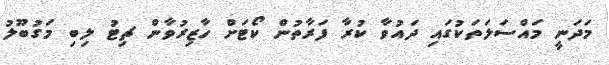
މަދަނީ މައްސަލަތަކުގައި ދައުވާ ކުރާ ފަރާތުން ކޯޓަށް ހާޒިރުވާން ޗިޓު ލިބި މަގުބޫލު